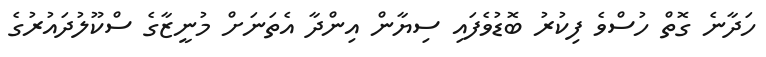
ހަދާނެ ގޮތް ހުސްވެ ފިކުރު ބޮޑުވެފައި ސިޔާން އިންދާ އެތަނަށް މުނީޒާގެ ސްކޫލުދައުރުގެ